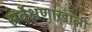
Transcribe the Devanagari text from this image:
सर्वेक्षणाखाली